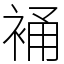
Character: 𧚔